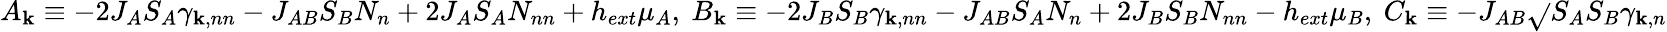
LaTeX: A_{\mathbf{k}}\equiv-2J_{A}S_{A}{\gamma}_{\mathbf{k},nn}-J_{AB}S_{B}N_{n}+2J_{A}S_{A}N_{nn}+h_{ext}{\mu}_{A},\ B_{\mathbf{k}}\equiv-2J_{B}S_{B}{\gamma}_{\mathbf{k},nn}-J_{AB}S_{A}N_{n}+2J_{B}S_{B}N_{nn}-h_{ext}{\mu}_{B},\ C_{\mathbf{k}}\equiv-J_{AB}\sqrt{}{{S_{A}S_{B}}}{\gamma}_{\mathbf{k},n}